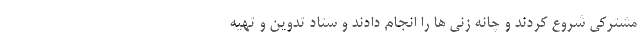
مشترکی شروع کردند و چانه زنی ها را انجام دادند و ستاد تدوین و تهیه